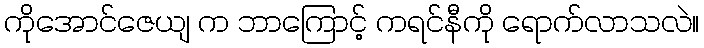
ကိုအောင်ဇေယျ က ဘာကြောင့် ကရင်နီကို ရောက်လာသလဲ။